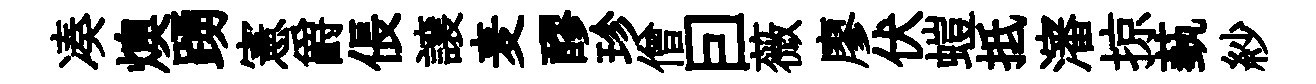
凑燠踴憲爵倀譲麦醪珍僧囙薇廖伏螘抵瀋掠蓺紗